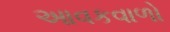
આવકવાળો